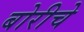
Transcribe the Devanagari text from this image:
बोरीचे